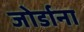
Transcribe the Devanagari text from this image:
जोर्डाना